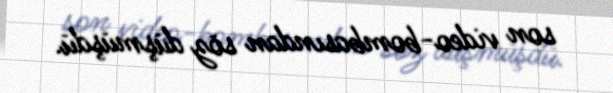
son video-bombasından söz düşmüşdü.